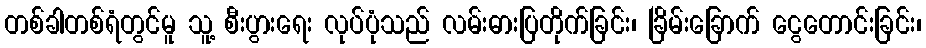
တစ်ခါတစ်ရံတွင်မူ သူ့ စီးပွားရေး လုပ်ပုံသည် လမ်းဓားပြတိုက်ခြင်း၊ ခြိမ်းခြောက် ငွေတောင်းခြင်း၊